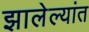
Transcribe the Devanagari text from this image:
झालेल्यांत